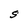
Character: S